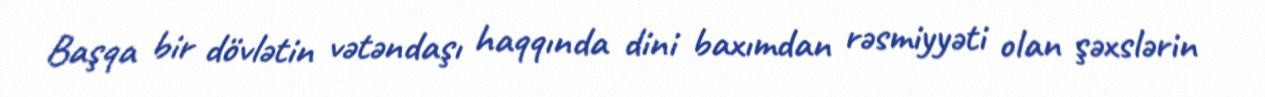
Başqa bir dövlətin vətəndaşı haqqında dini baxımdan rəsmiyyəti olan şəxslərin